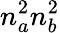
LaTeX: n_{a}^{2}n_{b}^{2}